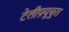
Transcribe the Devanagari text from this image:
टेलीफ़्यूचुरा